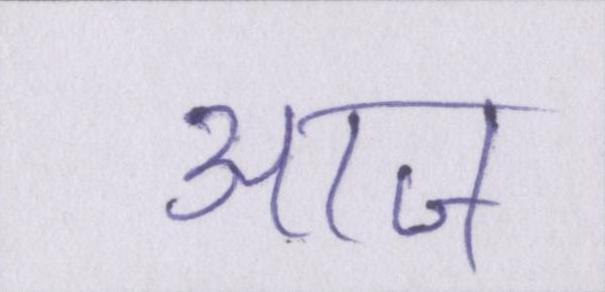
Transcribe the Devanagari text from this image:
आज